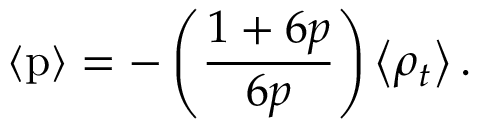
\left< \mathrm { p } \right> = - \left( \frac { 1 + 6 p } { 6 p } \right) \left< \rho _ { t } \right> .